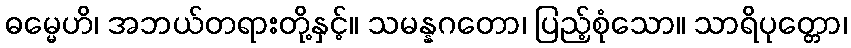
ဓမ္မေဟိ၊ အဘယ်တရားတို့နှင့်။ သမန္နဂတော၊ ပြည့်စုံသော။ သာရိပုတ္တော၊